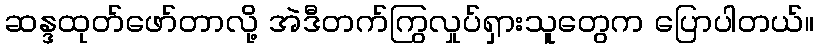
ဆန္ဒထုတ်ဖော်တာလို့ အဲဒီတက်ကြွလှုပ်ရှားသူတွေက ပြောပါတယ်။